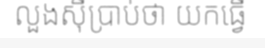
លួងស៊ីប្រាប់ថា យកធ្វើ